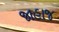
જાહાજ